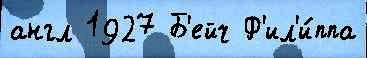
англ 1927 Б'ейч Ф'ил'и́ппа